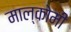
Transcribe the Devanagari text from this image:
माल्कोमी